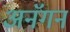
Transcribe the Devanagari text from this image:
अनॅगन